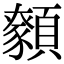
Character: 𩕑